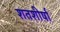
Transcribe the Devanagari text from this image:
शतशीर्षा